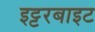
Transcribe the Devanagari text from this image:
इट्टरबाइट